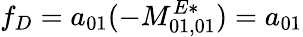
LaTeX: f_{D}=a_{01}(-M_{01,01}^{E*})=a_{01}